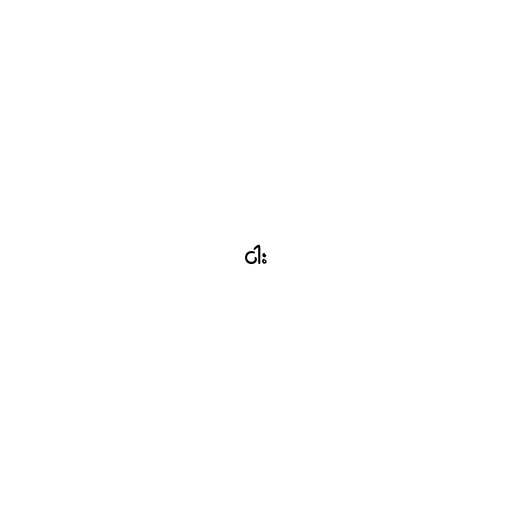
ငါး